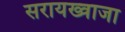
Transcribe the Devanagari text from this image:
सरायख्वाजा